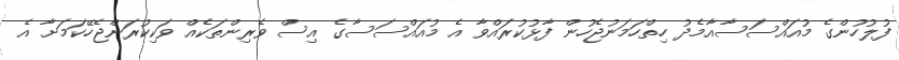
ފުލުހުންގެ މުއައްސަސާއާމެދު ހިތްހަމަނުޖެހުން ފާޅުކުރައްވާ އެ މުއައްސަސާގެ އިސް ވެރިންތަކެއް ވަކިކުރަންޖެހޭކަމަށާ އެ